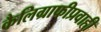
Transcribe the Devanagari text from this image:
कैलिग्राफीप्रवाही